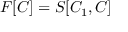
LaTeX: F [ C ] = S [ C _ { 1 } , C ]